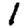
Digit: 1